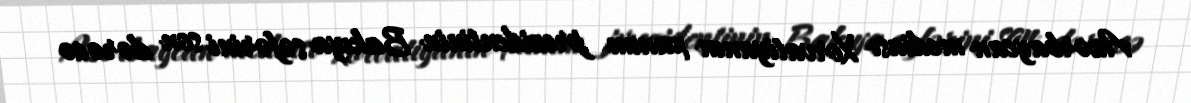
Azərbaycan mediası Xorvatiyanın xanım prezidentinin Bakıya səfərini son dərəcə